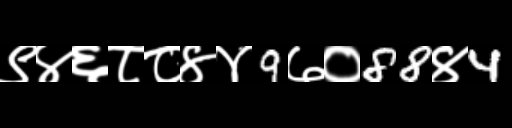
Text: ९४६८८४४9७०88४4